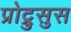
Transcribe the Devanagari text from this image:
प्रोट्रुसुस